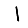
Digit: 1